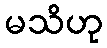
မသိဟု